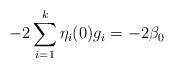
LaTeX: \begin{align*}-2\sum_{i=1}^{k}\eta_{i}(0)g_{i}=-2 \beta_{0}\end{align*}